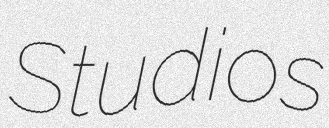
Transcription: Studios